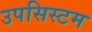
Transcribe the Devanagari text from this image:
उपसिस्टम